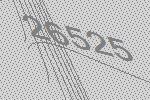
26525